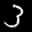
Label: 3